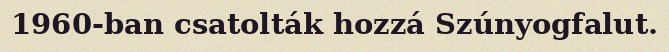
1960-ban csatolták hozzá Szúnyogfalut.